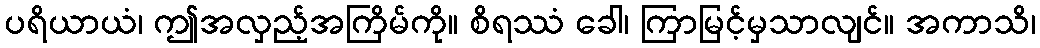
ပရိယာယံ၊ ဤအလှည့်အကြိမ်ကို။ စိရဿံ ခေါ၊ ကြာမြင့်မှသာလျင်။ အကာသိ၊